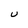
Character: U